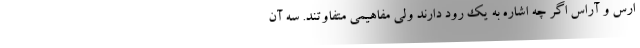
ارس و آراس اگر چه اشاره به یک رود دارند ولی مفاهیمی متفاوتند. سه آن